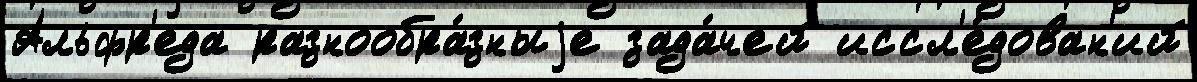
Альфр'еда разнообра́зныjе зада́чей иссл'е́дован'ий